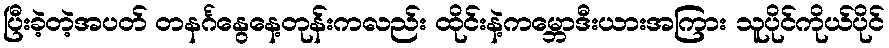
ပြီးခဲ့တဲ့အပတ် တနင်္ဂနွေနေ့တုန်းကလည်း ထိုင်းနဲ့ကမ္ဘောဒီးယားအကြား သူပိုင်ကိုယ်ပိုင်